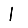
Digit: 1